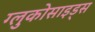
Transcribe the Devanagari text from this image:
ग्लुकोसाइड्‌स